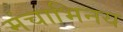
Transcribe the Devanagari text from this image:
मंचाभिनय